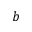
b